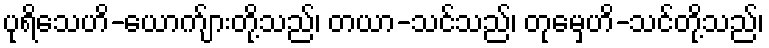
ပုရိသေဟိ-ယောက်ျားတို့သည်၊ တယာ-သင်သည်၊ တုမှေဟိ-သင်တို့သည်၊